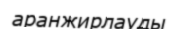
аранжирлауды